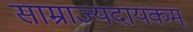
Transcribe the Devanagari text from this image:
साम्राज्यदायकम्